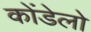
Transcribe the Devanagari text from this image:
कोंडेलो